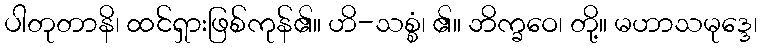
ပါတုတာနိ၊ ထင်ရှားဖြစ်ကုန်၏။ ဟိ-သစ္စံ၊ ၏။ ဘိက္ခဝေ၊ တို့။ မဟာသမုဒ္ဒေ၊